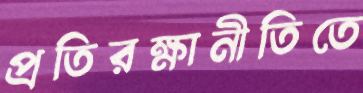
প্রতিরক্ষানীতিতে